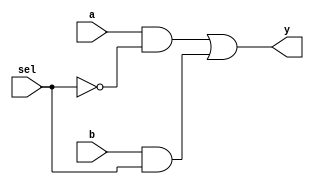
`timescale 1ns / 1ps

module mux_2x1(
    input a, b, sel, 
    output y);
    assign y = (a & ~sel) | (b & sel);
endmodule
                    
module nand_using_mux(
    input a, b, 
    output y);
    mux_2x1 m1(1'b1,~b,a,y);
endmodule